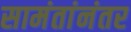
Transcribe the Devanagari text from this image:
सामंतांनंतर